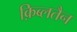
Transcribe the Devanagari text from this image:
क़िब्लतैन